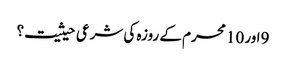
9اور 10 محرم کے روزہ کی شرعی حیثیت؟